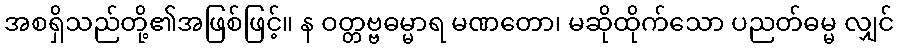
အစရှိသည်တို့၏အဖြစ်ဖြင့်။ န ဝတ္တဗ္ဗဓမ္မာရ မဏတော၊ မဆိုထိုက်သော ပညတ်ဓမ္မ လျှင်